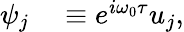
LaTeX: \begin{array}{rl}{\psi_{j}}&{{}\equiv e^{i\omega_{0}\tau}u_{j},}\end{array}